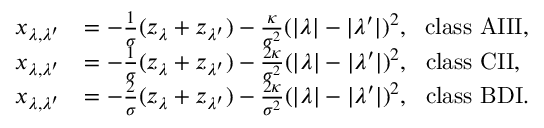
\begin{array} { r l } { x _ { \lambda , \lambda ^ { \prime } } } & { = - \frac { 1 } { \sigma } ( z _ { \lambda } + z _ { \lambda ^ { \prime } } ) - \frac { \kappa } { \sigma ^ { 2 } } ( | \lambda | - | \lambda ^ { \prime } | ) ^ { 2 } , \ \ \mathrm { c l a s s ~ A I I I } , } \\ { x _ { \lambda , \lambda ^ { \prime } } } & { = - \frac { 1 } { \sigma } ( z _ { \lambda } + z _ { \lambda ^ { \prime } } ) - \frac { 2 \kappa } { \sigma ^ { 2 } } ( | \lambda | - | \lambda ^ { \prime } | ) ^ { 2 } , \ \ \mathrm { c l a s s ~ C I I } , } \\ { x _ { \lambda , \lambda ^ { \prime } } } & { = - \frac { 2 } { \sigma } ( z _ { \lambda } + z _ { \lambda ^ { \prime } } ) - \frac { 2 \kappa } { \sigma ^ { 2 } } ( | \lambda | - | \lambda ^ { \prime } | ) ^ { 2 } , \ \ \mathrm { c l a s s ~ B D I } . } \end{array}